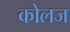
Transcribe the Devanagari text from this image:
कोलज